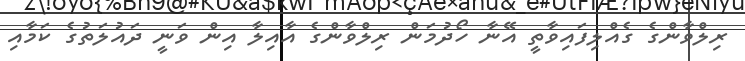
ރިލްވާންގެ ގެއްލިފައިވާތީ އޭނާ ހޯދުމަން ރިލްވާންގެ އާއިލާ އިން ވަނީ ދައުލަތުގެ ކަމާއި